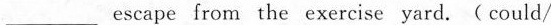
___escape from the exercise yard.( could/